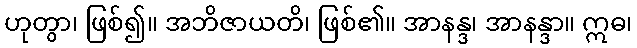
ဟုတွာ၊ ဖြစ်၍။ အဘိဇာယတိ၊ ဖြစ်၏။ အာနန္ဒ၊ အာနန္ဒာ။ ဣဓ၊